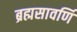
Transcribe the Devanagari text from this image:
ब्रह्मसावर्णि